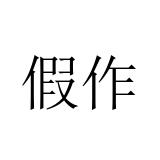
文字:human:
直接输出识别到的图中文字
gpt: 假作